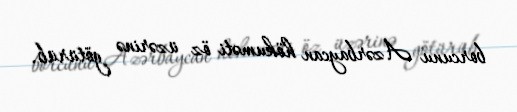
borcunu Azərbaycan hökuməti öz üzərinə götürüb.